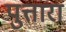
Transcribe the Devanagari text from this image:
पुत्तारा